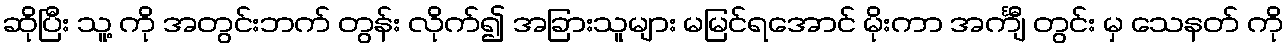
ဆိုပြီး သူ့ ကို အတွင်းဘက် တွန်း လိုက်၍ အခြားသူများ မမြင်ရအောင် မိုးကာ အင်္ကျီ တွင်း မှ သေနတ် ကို